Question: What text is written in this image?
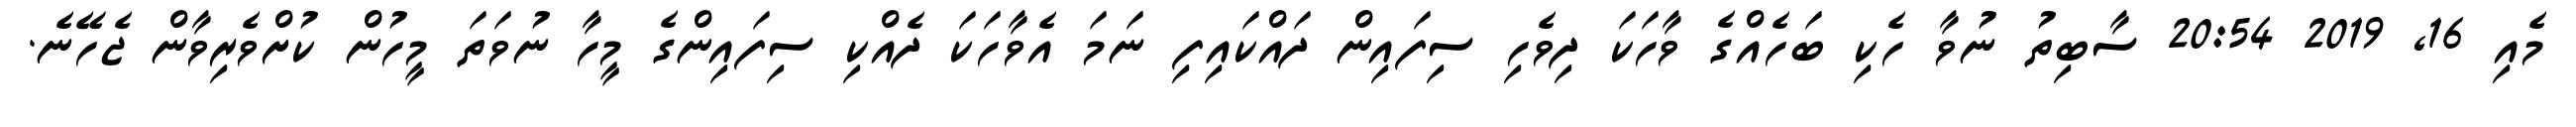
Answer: މެއި 16, 2019 20:54 ސާބިތު ނުވާ ހެކި ބަހެއްގެ ވާހަކަ ދިވެހި ސިފައިން ދައްކައިފި ނަމަ އެވާހަކަ ދެއްކި ސިފައިންގެ މީހާ ނުވަތަ މީހުން ކުށްވެރިވާން ޖެހޭނެ.